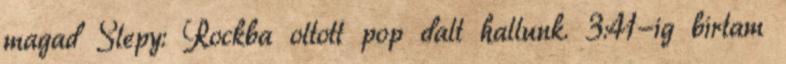
magad Slepy: Rockba oltott pop dalt hallunk. 3:41-ig bírtam